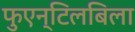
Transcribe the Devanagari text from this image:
फुएन्टिलबिला